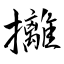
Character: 攡